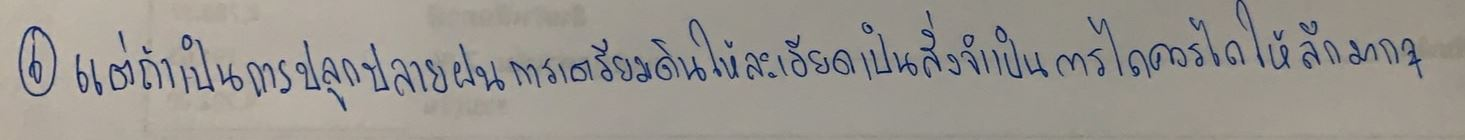
แต่ถ้าเป็นการปลูกปลายฝนการเตรียมดินให้ละเอียดเป็นสิ่งจำเป็นการไถควรไถให้ลึกมากๆ